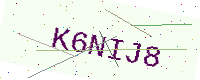
Text: K6NIJ8